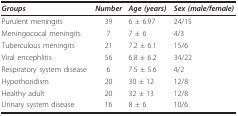
<table><thead><tr><td><b><i>Groups</i></b></td><td><b><i>Number</i></b></td><td><b><i>Age (years)</i></b></td><td><b><i>Sex (male/female)</i></b></td></tr></thead><tbody><tr><td>Purulent meningits</td><td>39</td><td>6 ± 6.97</td><td>24/15</td></tr><tr><td>Meningococal meningits</td><td>7</td><td>7 ± 6</td><td>4/3</td></tr><tr><td>Tuberculous meningits</td><td>21</td><td>7.2 ± 6.1</td><td>15/6</td></tr><tr><td>Viral encephlitis</td><td>56</td><td>6.8 ± 6.2</td><td>34/22</td></tr><tr><td>Respiratory system disease</td><td>6</td><td>7.5 ± 5.6</td><td>4/2</td></tr><tr><td>Hypothoridism</td><td>20</td><td>30 ± 12</td><td>12/8</td></tr><tr><td>Healthy adult</td><td>20</td><td>32 ± 13</td><td>12/8</td></tr><tr><td>Urinary system disease</td><td>16</td><td>8 ± 6</td><td>10/6</td></tr></tbody></table>